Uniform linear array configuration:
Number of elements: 32
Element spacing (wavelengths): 0.75
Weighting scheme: hamming
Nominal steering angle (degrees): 0
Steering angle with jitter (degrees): -0.6184
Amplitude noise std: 0.05
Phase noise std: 0.05

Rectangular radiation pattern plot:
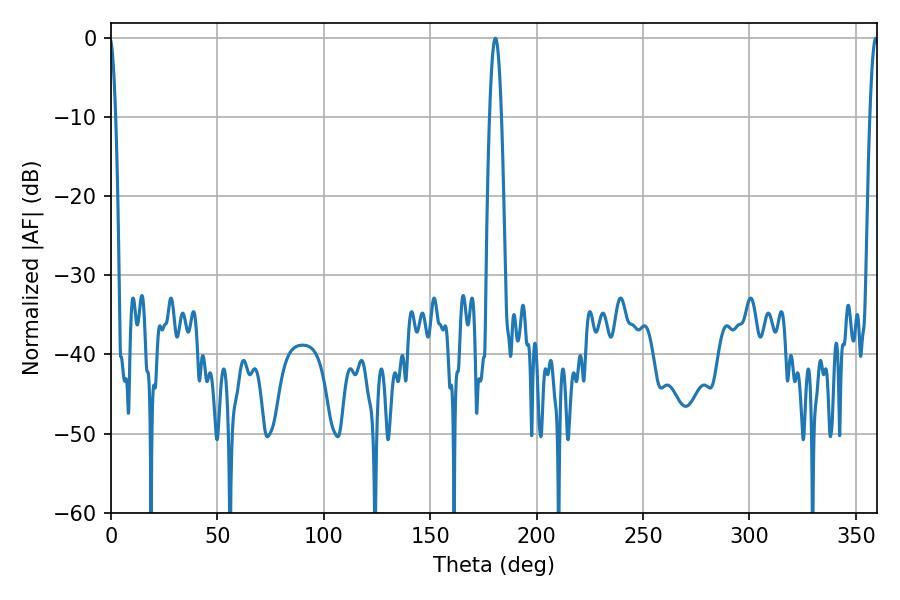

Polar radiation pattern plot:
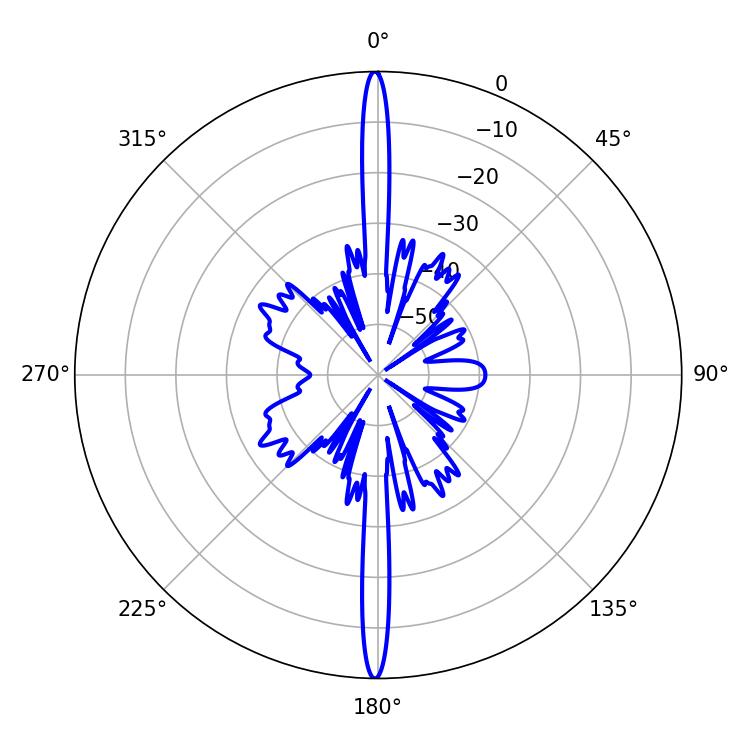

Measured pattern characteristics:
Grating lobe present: TRUE
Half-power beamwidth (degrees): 2.16
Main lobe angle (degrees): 359.28